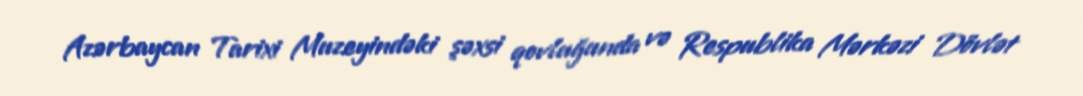
Azərbaycan Tarixi Muzeyindəki şəxsi qovluğunda və Respublika Mərkəzi Dövlət